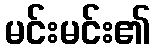
မင်းမင်း၏